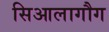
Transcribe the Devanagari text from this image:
सिआलागौग